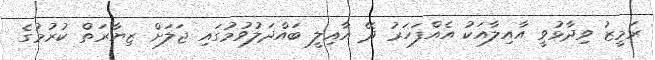
ރަމީޒު ވިދާޅުވީ އާއިލާއަކު އެއްފަހަރު ދޭ އާއިލީ ބައްދަލުވުމުގައި ޖަލަށް ޒިޔާރަތް ކުރުމުގެ